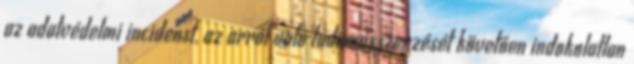
az adatvédelmi incidenst, az arról való tudomásszerzését követően indokolatlan